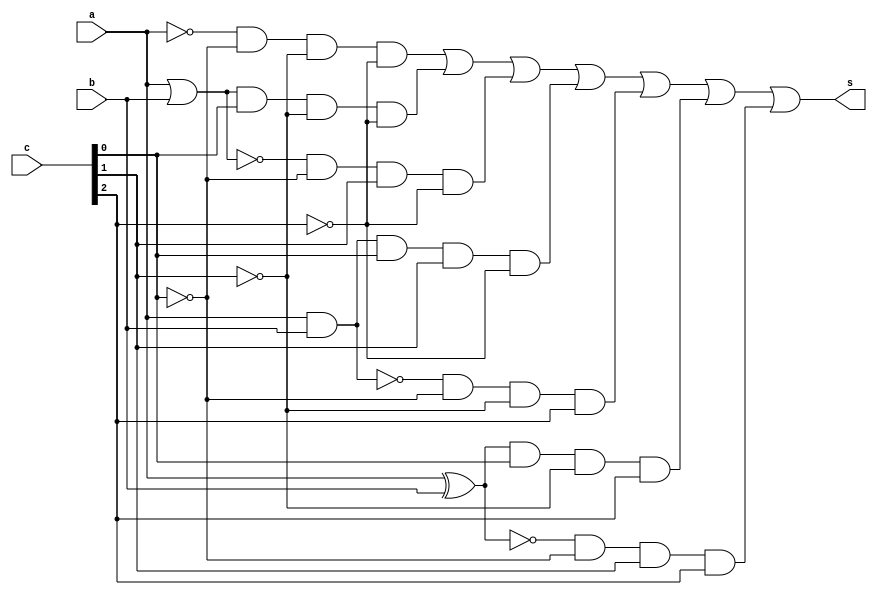
// ------------------------- 
// Exemplo0035 - F4
// Nome: Rayan Darwin 
	
// ------------------------- 
// f4_gate 
// ------------------------- 
	
	module f4 (output s, input a, input b, input [2:0] c);

	wire s_and1;
	wire s_and2;
	wire s_and3;
	wire s_and4;
	wire s_and5;
	wire s_and6;
	wire s_and7;
	wire s_and8;
	wire s_xnor1;
	wire s_xor1;
	wire s_nor1;
	wire s_or1;
	wire s_nand1;
	
	not NOT1(s_not1, a);
	and AND2(s_and2, s_not1, ~c[0], ~c[1], ~c[2]);
	
	or OR1(s_or1, a, b);
	and AND3(s_and3, s_or1, c[0], ~c[1], ~c[2]);
		
	nor NOR1(s_nor1, a, b);
	and AND4(s_and4, s_nor1, ~c[0], c[1], ~c[2]);
	
	and AND1(s_and1, a, b);
	and AND5(s_and5, s_and1, c[0], c[1], ~c[2]);
	
	nand NAND1(s_nand1, a, b);
	and AND6(s_and6, s_nand1, ~c[0], ~c[1], c[2]);
	
	xor XOR1(s_xor1, a, b);
	and AND7(s_and7, s_xor1, c[0], ~c[1], c[2]);
		
 	xnor XNOR1(s_xnor1, a, b);
	and AND8(s_and8, s_xnor1, ~c[0], c[1], c[2]);
	
	or OR2(s, s_and2, s_and3, s_and4, s_and5, s_and6, s_and7, s_and8);
	
	endmodule // f4
	
	module test_f4;
	// ------------------------- definir dados
 	reg x; 
 	reg y; 
	reg [2:0] c;
	wire s; 
	 
	f4 modulo (s, x, y, c);
	
	// ------------------------- parte principal 
	initial begin 
	$display("Exemplo0035 - Rayan Darwin - 412770"); 
	$display("Test LU's module"); 
		
   #1 x = 1; y = 1; c = 001;
	$monitor("Resultado chave = %3b\n x = %1b \t y = %1b \t Resultado -> %1b\n", c, x, y, s);
	#1 x = 0; y = 0; c = 001;
	#1 x = 1; y = 1; c = 010;
	
	
	end
	endmodule // test_f4